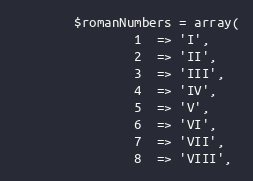
Language: PHP
        $romanNumbers = array(
                1  => 'I',
                2  => 'II',
                3  => 'III',
                4  => 'IV',
                5  => 'V',
                6  => 'VI',
                7  => 'VII',
                8  => 'VIII',